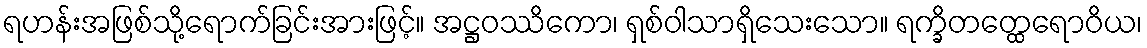
ရဟန်းအဖြစ်သို့ရောက်ခြင်းအားဖြင့်။ အဋ္ဌဝဿိကော၊ ရှစ်ဝါသာရှိသေးသော။ ရက္ခိတတ္ထေရောဝိယ၊